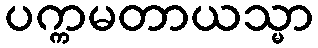
ပက္ကမတာယသ္မာ